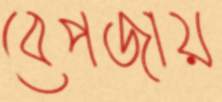
বেপজায়